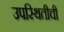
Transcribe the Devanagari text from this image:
उपस्थितीची